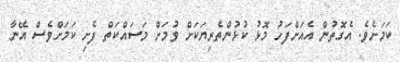
ކަމަށެވެ. އެގޮތުން އެއަށްފަހު މޮޅު ކުޅުންތެރިޔަކަށް ވުމަށް މަސައްކަތް ފެށި ކަމަށްވެސް އޭނާ